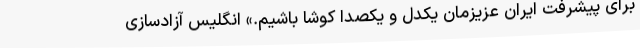
برای پیشرفت ایران عزیزمان یکدل و یکصدا کوشا باشیم.» انگلیس آزاد‌سازی